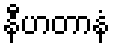
နီဟတာနံ